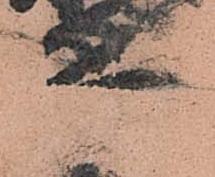
兵